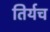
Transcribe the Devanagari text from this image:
तिर्यच